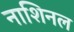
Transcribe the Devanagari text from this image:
नाशिनल